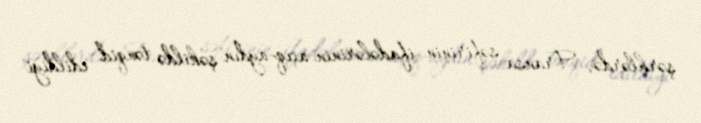
şərhlərdə, Fransa səfirinin ifadələrinin açıq-aydın şəkildə tənqid edildiyi